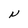
Character: N